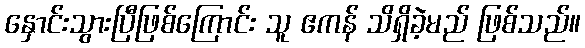
နှောင်းသွားပြီဖြစ်ကြောင်း သူ ဧကန် သိရှိခဲ့မည် ဖြစ်သည်။